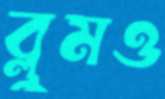
ব্লুমও